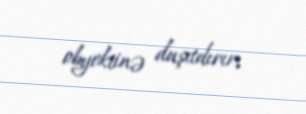
obyektinə daşıtdırır.